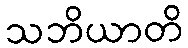
သဘိယာတိ